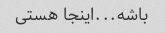
باشه...اینجا هستی